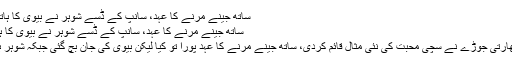
ساتھ جینے مرنے کا عہد، سانپ کے ڈسے شوہر نے بیوی کا ہاتھ چبا ڈالا -
ساتھ جینے مرنے کا عہد، سانپ کے ڈسے شوہر نے بیوی کا ہاتھ چبا ڈالا
نئی دہلی: بھارتی جوڑے نے سچی محبت کی نئی مثال قائم کردی، ساتھ جینے مرنے کا عہد پورا تو کیا لیکن بیوی کی جان بچ گئی جبکہ شوہر ہلاک ہوگیا۔